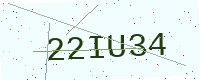
Text: 22IU34